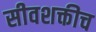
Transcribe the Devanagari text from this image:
सीवशक्तीच